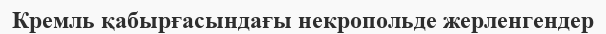
Кремль қабырғасындағы некропольде жерленгендер